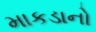
માકડાનો